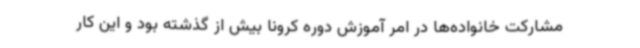
مشارکت خانواده‌ها در امر آموزش دوره کرونا بیش از گذشته بود و این کار